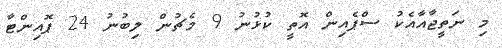
މި ނަތީޖާއާއެކު ސްޕެއިން އޮތީ ކުޅުނު 9 މެޗުން ލިބުނު 24 ޕޮއިންޓާ